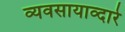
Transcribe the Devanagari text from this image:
व्यवसायाव्दारे